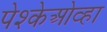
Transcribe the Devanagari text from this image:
पेश्केओव्हा